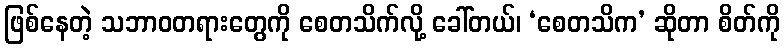
ဖြစ်နေတဲ့ သဘာဝတရားတွေကို စေတသိက်လို့ ခေါ်တယ်၊ ‘စေတသိက’ ဆိုတာ စိတ်ကို